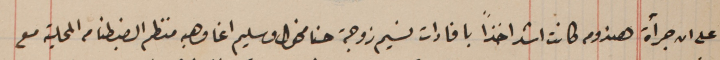
على ان جرأة هندومه كانت اشد اخذاً بافادات نسيم زوجة حنا مخول وسليم اغا وهبه منظم الضبطنامه المحلية مع